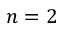
n = 2